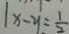
\vert x - y = \frac { 1 } { 2 }